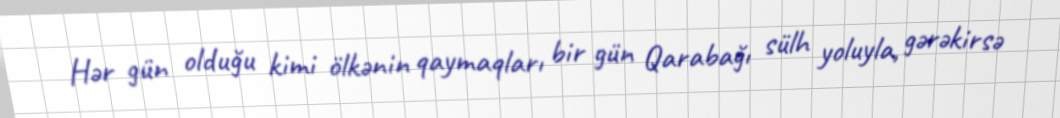
Hər gün olduğu kimi ölkənin qaymaqları bir gün Qarabağı sülh yoluyla, gərəkirsə